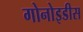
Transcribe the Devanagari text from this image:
गोनोइडीस